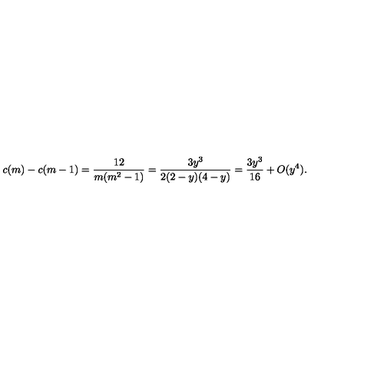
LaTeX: c ( m ) - c ( m - 1 ) = \frac { 1 2 } { m ( m ^ { 2 } - 1 ) } = \frac { 3 y ^ { 3 } } { 2 ( 2 - y ) ( 4 - y ) } = \frac { 3 y ^ { 3 } } { 1 6 } + O ( y ^ { 4 } ) .